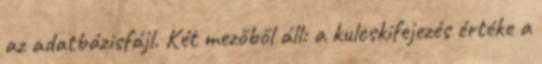
az adatbázisfájl. Két mezőből áll: a kulcskifejezés értéke a